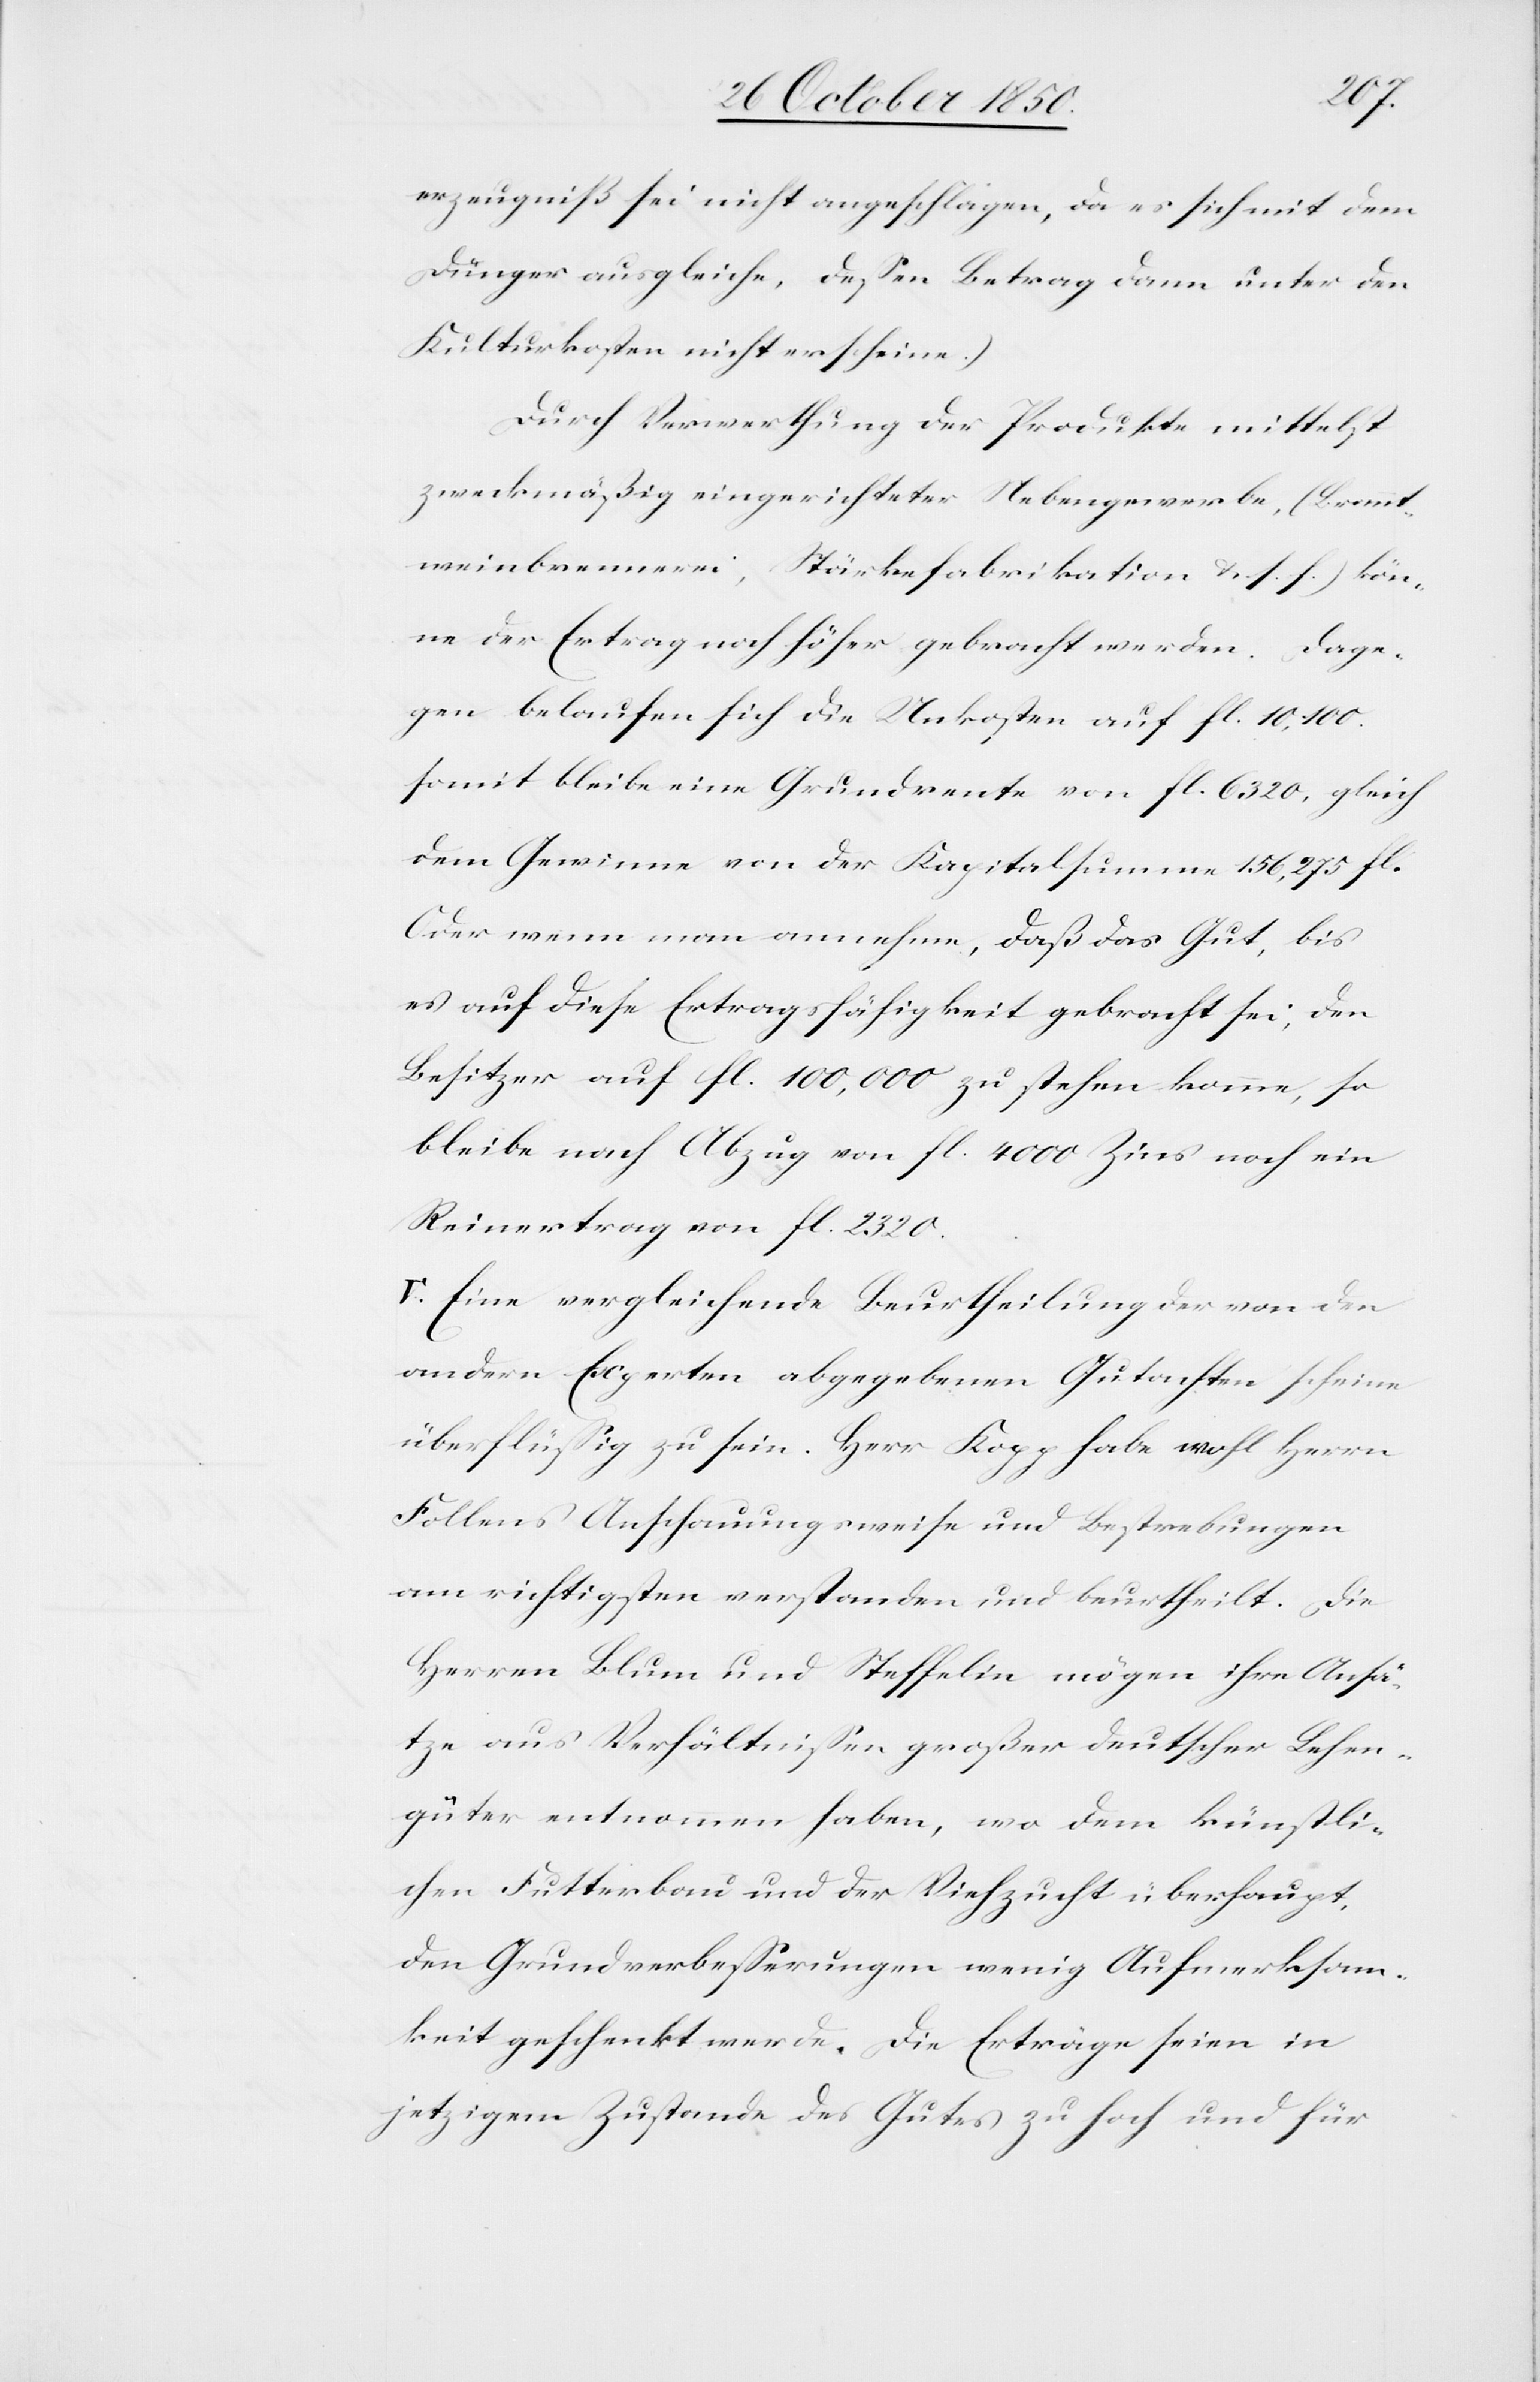
erzeugniß sei nicht angeschlagen, da es sich mit dem
Dünger ausgleiche, dessen Betrag dann unter den
Kulturkosten nicht erscheine.)
Durch Verwerthung der Produkte mittelst
zweckmäßig eingerichteter Nebengewerbe, (Brannt¬
weinbrennerei, Stärkefabrikation &. s. f.) kön¬
ne der Ertrag noch höher gebracht werden. Dage¬
gen belaufen sich die Unkosten auf fl. 10,100.
somit bleibe eine Grundrente von fl. 6320, gleich
dem Gewinne von der Kapitalsumme 156,275 fl.
Oder wenn man annehme, daß das Gut, bis
es auf diese Ertragsfähigkeit gebracht sei, den
Besitzer auf fl. 100,000 zu stehen komme, so
bleibe nach Abzug von fl. 4000 Zins noch ein
Reinertrag von fl. 2320.
V. Eine vergleichende Beurtheilung der von den
andern Experten abgegebenen Gutachten scheine
überflüssig zu sein. Herr Kopp habe wohl Herrn
Follens Anschauungsweise und Bestrebungen
am richtigsten verstanden und beurtheilt. Die
Herren Blum und Steffelin mögen ihre Ansä¬
tze aus Verhältnissen großer deutscher Lehen¬
güter entnommen haben, wo dem künstli¬
chen Futterbau und der Viehzucht überhaupt,
den Grundverbesserungen wenig Aufmerksam¬
keit geschenkt werde. Die Erträge seien in
jetzigem Zustande des Gutes zu hoch und für